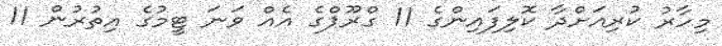
މިހާރު ކުރިއަށްދާ ކޮލިފައިންގެ 11 ގްރޫޕްގެ އެއް ވަނަ ޓީމުގެ އިތުރުން 11